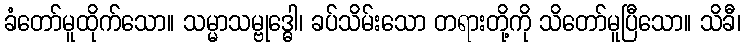
ခံတော်မူထိုက်သော။ သမ္မာသမ္ဗုဒ္ဓေါ၊ ခပ်သိမ်းသော တရားတို့ကို သိတော်မူပြီသော။ သိခီ၊